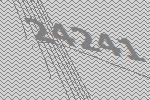
24241